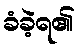
ခံခဲ့ရ၏